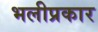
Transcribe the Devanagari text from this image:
भलीप्रकार